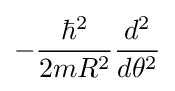
-{\frac {\hbar ^{2}}{2mR^{2}}}{\frac {d^{2}}{d\theta ^{2}}}